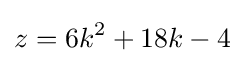
z=6k^{2}+18k-4